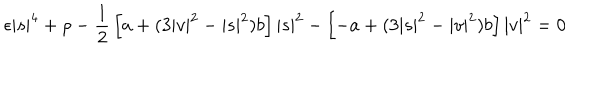
\epsilon | s | ^ { 4 } + \rho - { \frac { 1 } { 2 } } \left[ a + ( 3 | v | ^ { 2 } - | s | ^ { 2 } ) b \right] | s | ^ { 2 } - \left[ - a + ( 3 | s | ^ { 2 } - | v | ^ { 2 } ) b \right] | v | ^ { 2 } = 0